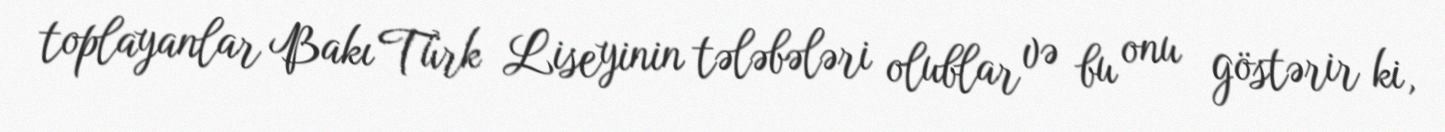
toplayanlar Bakı Türk Liseyinin tələbələri olublar və bu onu göstərir ki,